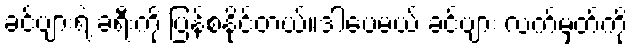
ခင်ဗျားရဲ့ ခရီးကို ပြန်စနိုင်တယ်။ဒါပေမယ့် ခင်ဗျား လက်မှတ်ကို